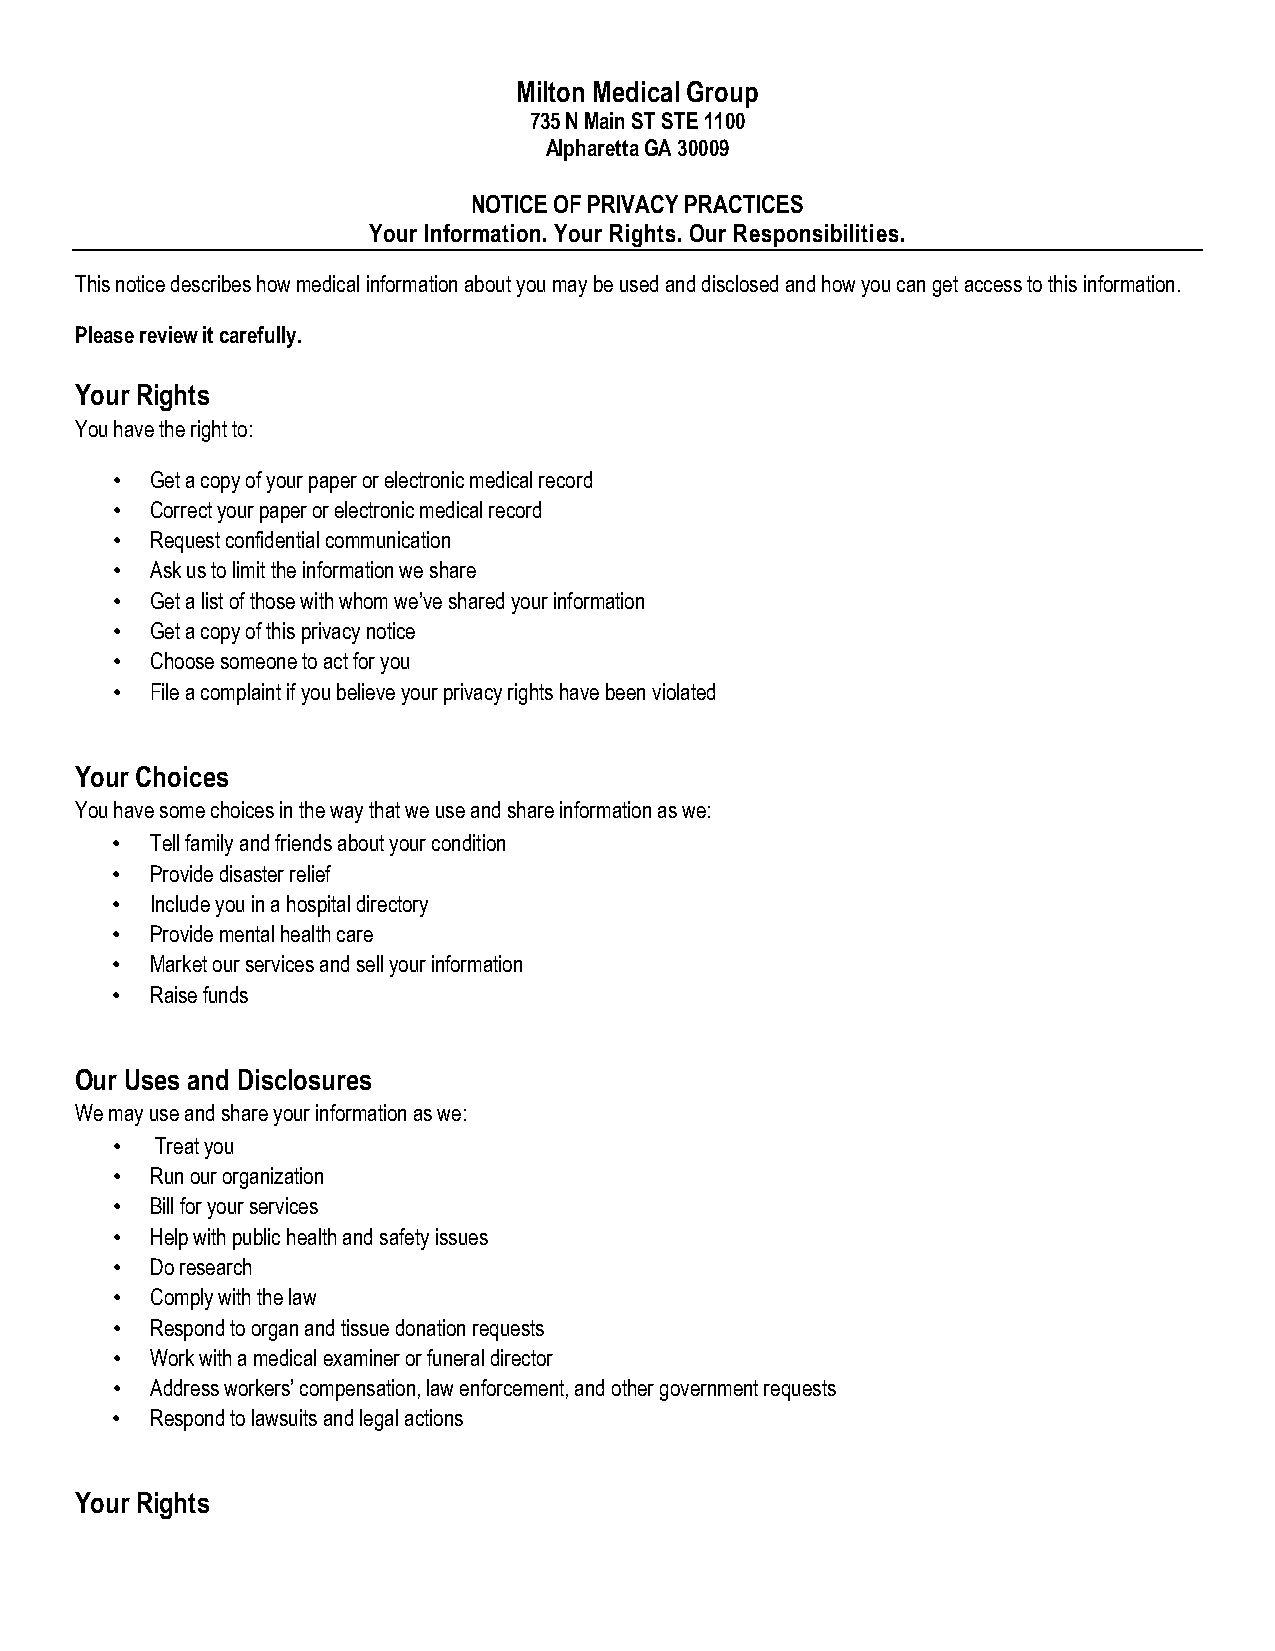
Milton Medical Group
 735 N Main ST STE 1100
 Alpharetta GA 30009
 NOTICE OF PRIVACY PRACTICES
 Your Information. Your Rights. Our Responsibilities.
 This notice describes how medical information about you may be used and disclosed and how you can get access to this information.
 Please review it carefully.
 Your Rights
 You have the right to:
 •  Get a copy of your paper or electronic medical record
 •  Correct your paper or electronic medical record
 •  Request confidential communication
 •  Ask us to limit the information we share
 •  Get a list of those with whom we’ve shared your information
 •  Get a copy of this privacy notice
 •  Choose someone to act for you
 •  File a complaint if you believe your privacy rights have been violated
 Your Choices
 You have some choices in the way that we use and share information as we:
 •  Tell family and friends about your condition
 •  Provide disaster relief
 •  Include you in a hospital directory
 •  Provide mental health care
 •  Market our services and sell your information
 •  Raise funds
 Our Uses and Disclosures
 We may use and share your information as we:
 •  Treat you
 •  Run our organization
 •  Bill for your services
 •  Help with public health and safety issues
 •  Do research
 •  Comply with the law
 •  Respond to organ and tissue donation requests
 •  Work with a medical examiner or funeral director
 •  Address workers’ compensation, law enforcement, and other government requests
 •  Respond to lawsuits and legal actions
 Your Rights